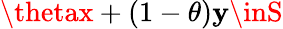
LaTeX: \thetax+(1-\theta)\mathbf{y}\inS